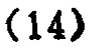
-14